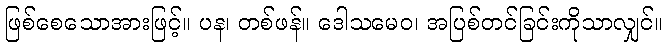
ဖြစ်စေသောအားဖြင့်။ ပန၊ တစ်ဖန်။ ဒေါသမေဝ၊ အပြစ်တင်ခြင်းကိုသာလျှင်။